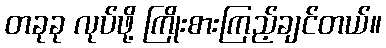
တခုခု လုပ်ဖို့ ကြိုးစားကြည့်ချင်တယ်။